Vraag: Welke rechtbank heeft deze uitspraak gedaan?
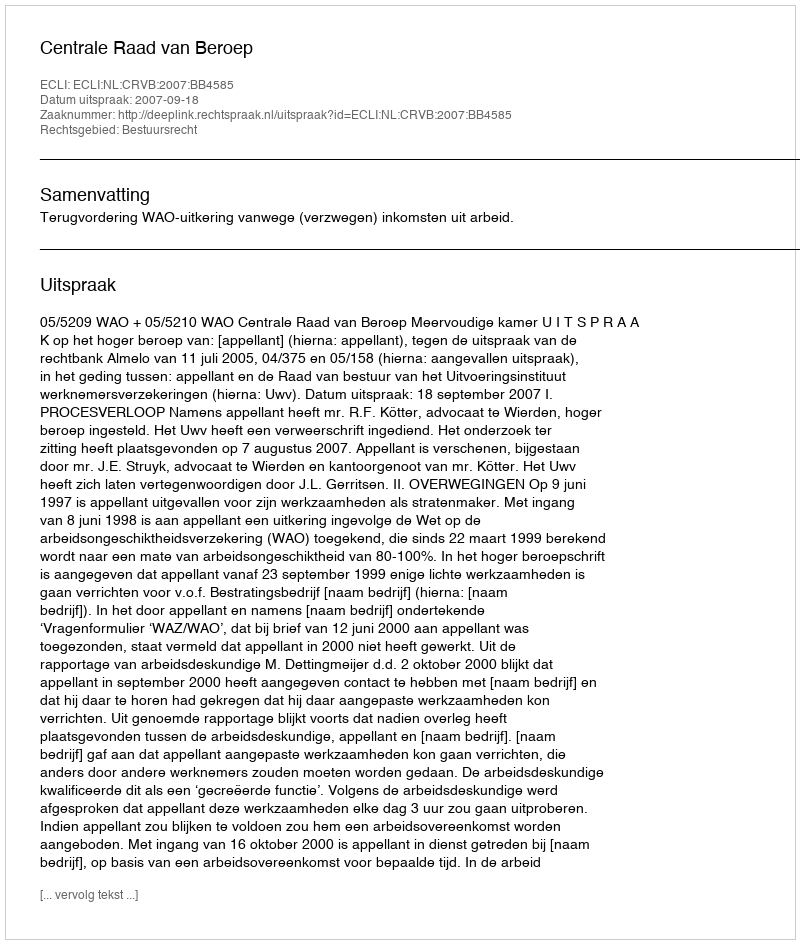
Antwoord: Centrale Raad van Beroep